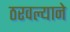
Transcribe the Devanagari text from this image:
ठरवल्याने